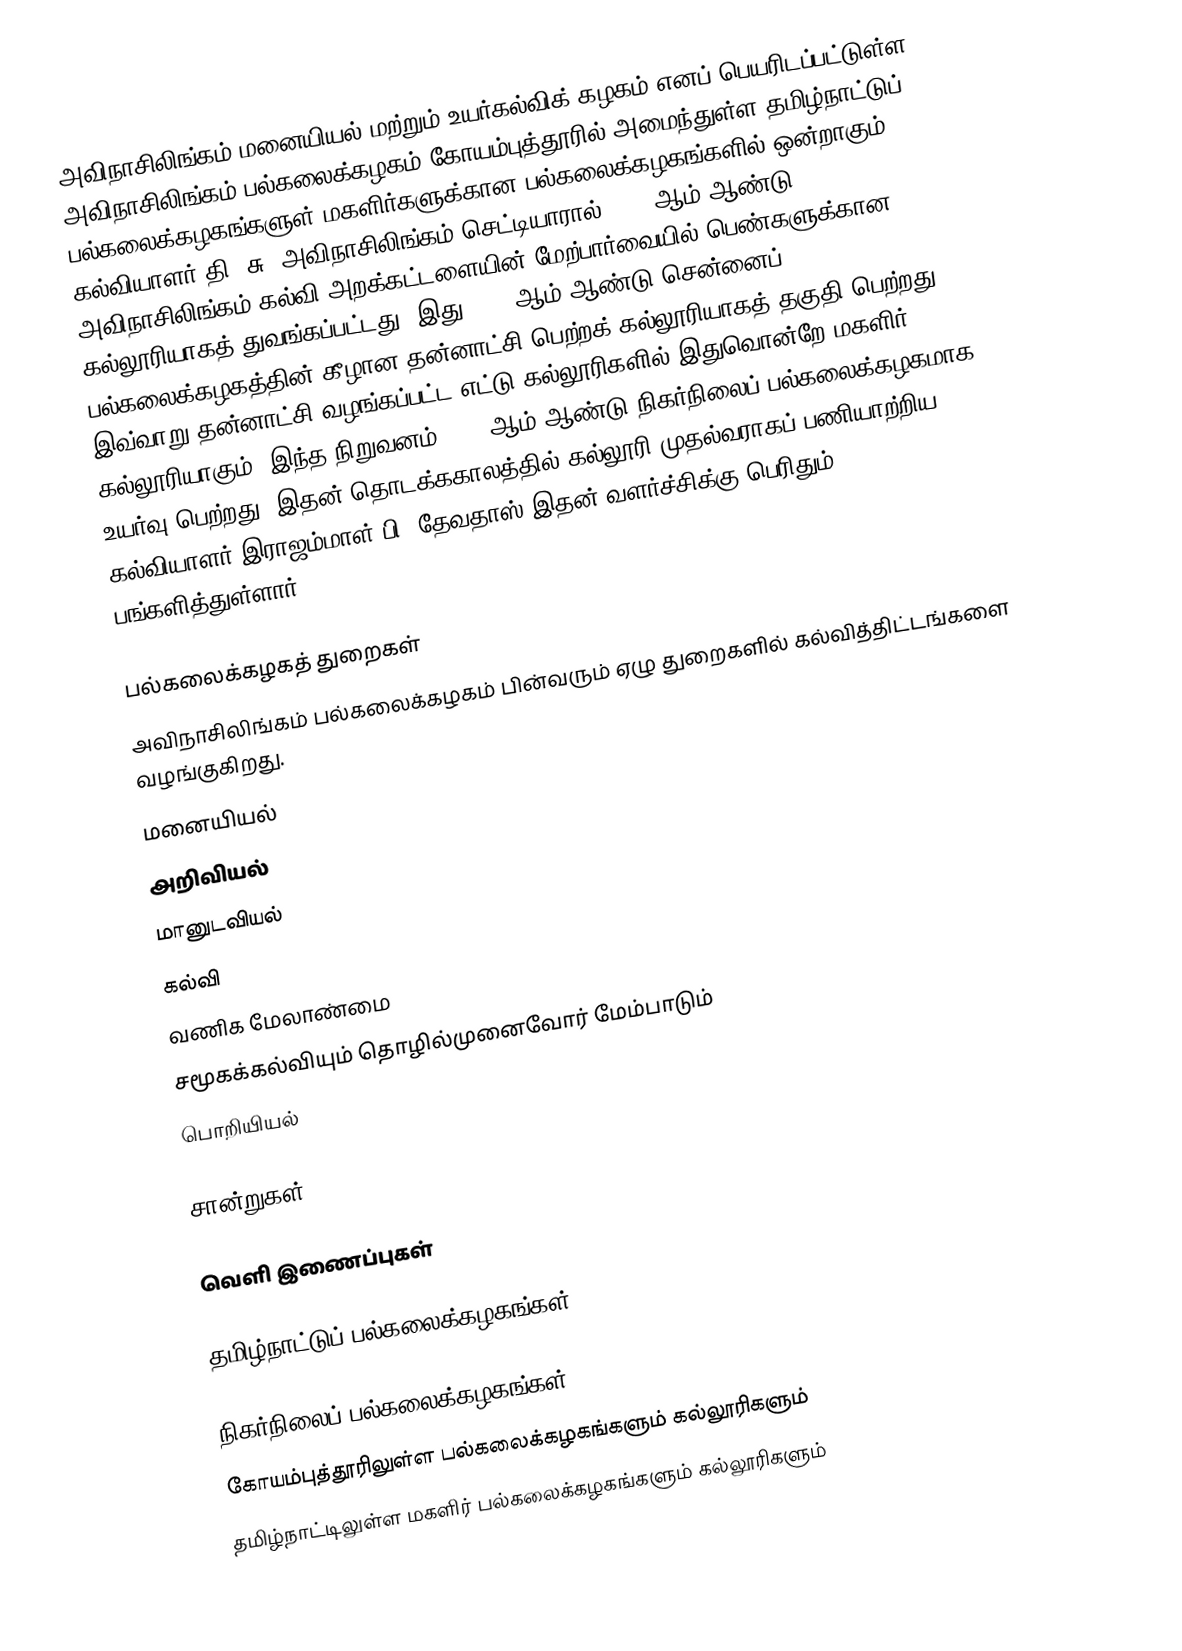
அவிநாசிலிங்கம் மனையியல் மற்றும் உயர்கல்விக் கழகம் எனப் பெயரிடப்பட்டுள்ள அவிநாசிலிங்கம் பல்கலைக்கழகம் கோயம்புத்தூரில் அமைந்துள்ள தமிழ்நாட்டுப்  பல்கலைக்கழகங்களுள் மகளிர்களுக்கான பல்கலைக்கழகங்களில் ஒன்றாகும். கல்வியாளர் தி. சு. அவிநாசிலிங்கம் செட்டியாரால்  1957 ஆம் ஆண்டு அவிநாசிலிங்கம் கல்வி அறக்கட்டளையின் மேற்பார்வையில் பெண்களுக்கான கல்லூரியாகத் துவங்கப்பட்டது. இது 1978 ஆம் ஆண்டு சென்னைப் பல்கலைக்கழகத்தின் கீழான தன்னாட்சி பெற்றக் கல்லூரியாகத் தகுதி பெற்றது. இவ்வாறு தன்னாட்சி வழங்கப்பட்ட எட்டு கல்லூரிகளில் இதுவொன்றே மகளிர் கல்லூரியாகும். இந்த நிறுவனம் 1988 ஆம் ஆண்டு நிகர்நிலைப் பல்கலைக்கழகமாக உயர்வு பெற்றது. இதன் தொடக்ககாலத்தில் கல்லூரி முதல்வராகப் பணியாற்றிய கல்வியாளர் இராஜம்மாள் பி. தேவதாஸ் இதன் வளர்ச்சிக்கு பெரிதும் பங்களித்துள்ளார்.

பல்கலைக்கழகத் துறைகள்
அவிநாசிலிங்கம் பல்கலைக்கழகம் பின்வரும் ஏழு துறைகளில் கல்வித்திட்டங்களை வழங்குகிறது.
 மனையியல்
 அறிவியல்
 மானுடவியல்
 கல்வி
 வணிக மேலாண்மை
 சமூகக்கல்வியும் தொழில்முனைவோர் மேம்பாடும்
 பொறியியல்

சான்றுகள்

வெளி இணைப்புகள்

 தமிழ்நாட்டுப் பல்கலைக்கழகங்கள்

நிகர்நிலைப் பல்கலைக்கழகங்கள்
கோயம்புத்தூரிலுள்ள பல்கலைக்கழகங்களும் கல்லூரிகளும்
தமிழ்நாட்டிலுள்ள மகளிர் பல்கலைக்கழகங்களும் கல்லூரிகளும்